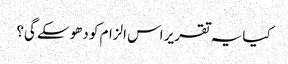
کیا یہ تقریر اس الزام کو دھوسکے گی؟